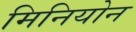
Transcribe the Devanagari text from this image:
मिनियोन